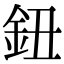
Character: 鈕